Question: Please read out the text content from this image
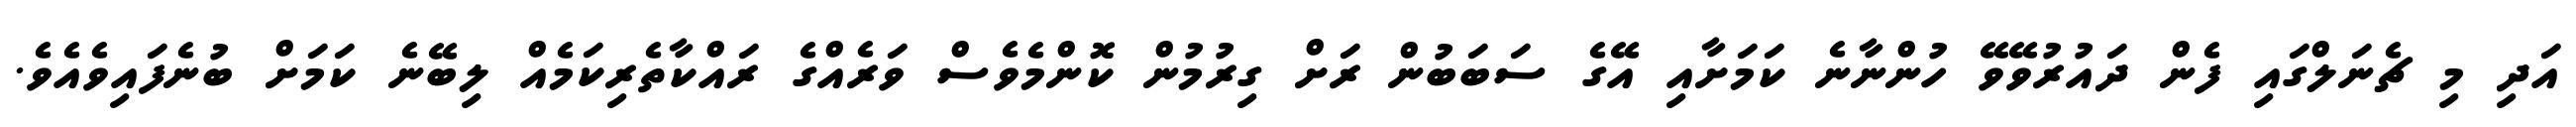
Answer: އަދި މި ޗެނަލްގައި ފެން ދައުރުވޭވޭ ހުންނާނެ ކަމަށާއި އޭގެ ސަބަބުން ރަށް ގިރުމުން ކޮންމެވެސް ވަރެއްގެ ރައްކާތެރިކަމެއް ލިބޭނެ ކަމަށް ބުނެފައިވެއެވެ.